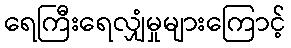
ရေကြီးရေလျှံမှုများကြောင့်